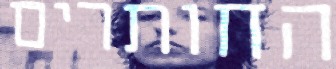
החותרים